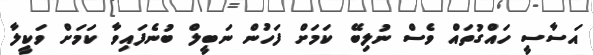
އަސާސީ ހައްގުތައް ވެސް ނުލިބޭ ކަމަށް ފަހުން ނަބީލް ބުނެފައިވާ ކަމަށް ވަކީލާ